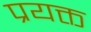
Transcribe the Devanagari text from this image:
प्रयक्त